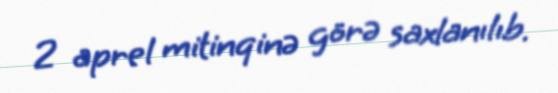
2 aprel mitinqinə görə saxlanılıb.